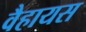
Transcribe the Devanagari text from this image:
वैहायस